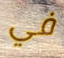
في